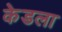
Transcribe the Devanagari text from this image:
केडला